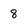
Character: 8